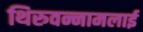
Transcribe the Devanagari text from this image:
थिरुवन्नामलाई